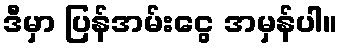
ဒီမှာ ပြန်အမ်းငွေ အမှန်ပါ။